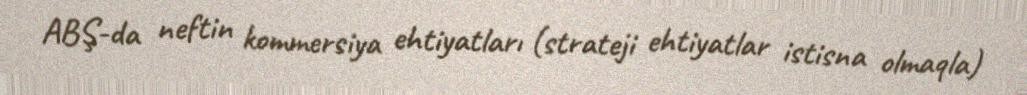
ABŞ-da neftin kommersiya ehtiyatları (strateji ehtiyatlar istisna olmaqla)